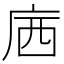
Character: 𱝃